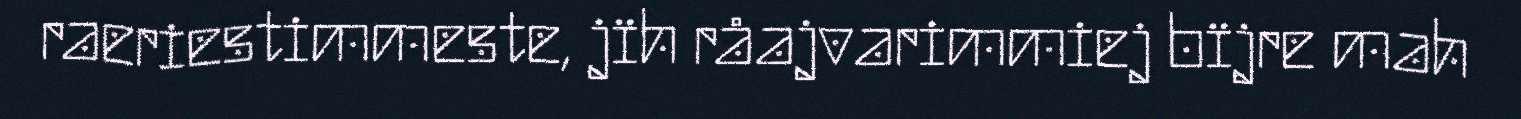
raeriestimmeste, jïh råajvarimmiej bïjre mah